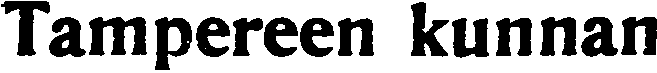
Tampereen kunnan